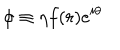
\phi \equiv \eta f ( r ) e ^ { i \theta }